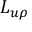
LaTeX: \ L _ { u \rho }